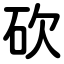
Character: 砍